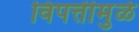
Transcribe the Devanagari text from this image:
विपत्तीमुळे